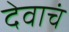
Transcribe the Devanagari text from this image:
देवाचं